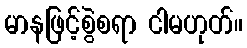
မာနဖြင့်စွဲစရာ ငါမဟုတ်။